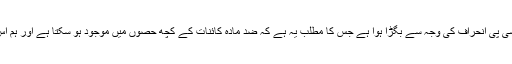
مادّے اور ضد مادّے میں توازن سی پی انحراف کی وجہ سے بگڑا ہوا ہے جس کا مطلب یہ ہے کہ ضد مادّہ کائنات کے کچھ حصّوں میں موجود ہو سکتا ہے اور ہم اس کا اب بھی فائدہ اٹھا سکتے ہیں۔